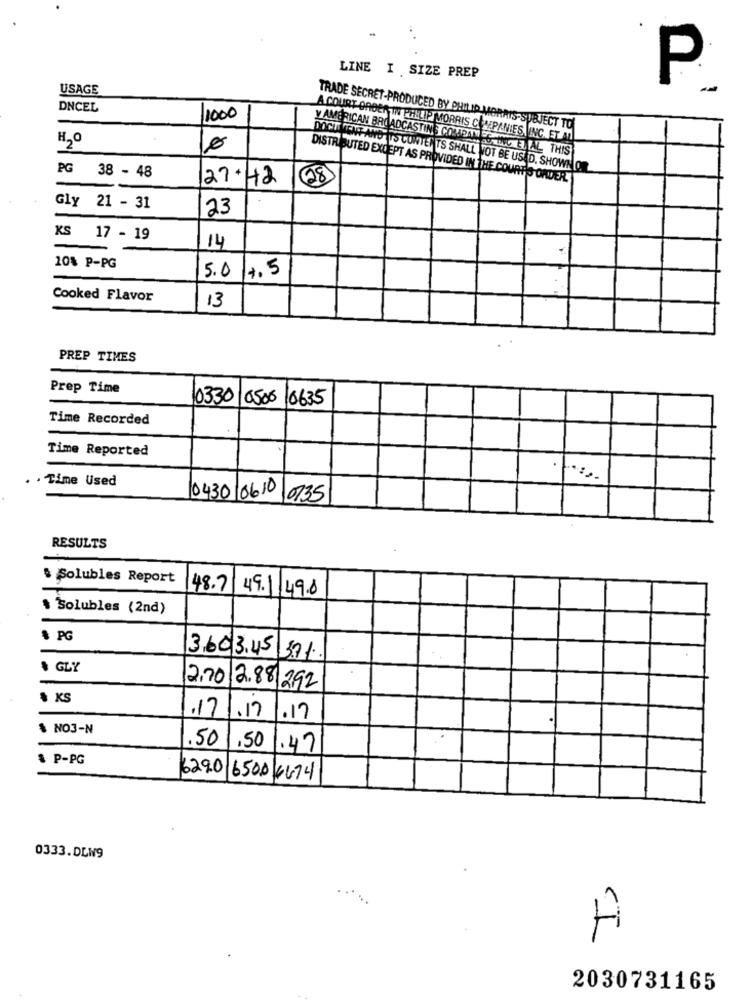
LINE I SIZE PREP
USAGE
P
DNCEL
1000
TRADE SECRET-PRODUCED BY PHILIP MORRIS-SUBJECT TO
H20
A COURT ORDER IN EENLIP MORRIS COMPANIES INC. ET AL
y AMERICAN BROADCASTING COMPAN 6-MEG ET TAL THIS
PG 38 - 48
DOCT MENT AND ITS CONTENTS SHALL NOT BE USED. SHOWNO
27+H2
28
DISTRIBUTED EXCEPT AS PROVIDED IN THE COURTIS ONDER.
Gly 21 - 31
23
KS 17 - 19
14
10% P-PG
5.0
4,5
Cooked Flavor
13
PREP TIMES
Prep Time
0330
0500
10635
Time Recorded
Time Reported
. Time Used
0430 06.10
0735
RESULTS
& Solubles Report
48.7
49.1 49.8
& Solubles (2nd)
* PG
3.60 3.45 3.7.1.
# GLY
2.70 /2.88 292
% KS
.171.17
.17
$ NO3-N
.50
,50
.47
& P-PG
6290 6500 4474
0333.DLW9
A
2030731165